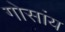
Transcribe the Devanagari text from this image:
गोसांय